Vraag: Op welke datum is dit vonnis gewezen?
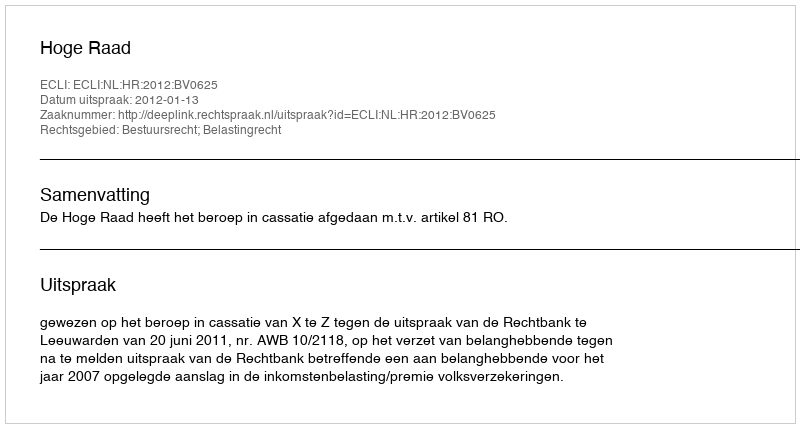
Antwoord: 2012-01-13